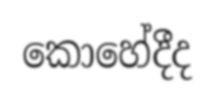
කොහේදීද